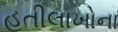
હતીલાખોના